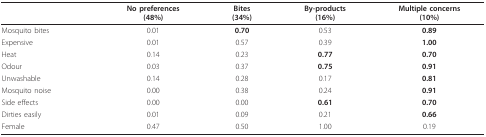
<table><thead><tr><td></td><td><b>No preferences(48%)</b></td><td><b>Bites(34%)</b></td><td><b>By-products(16%)</b></td><td><b>Multiple concerns(10%)</b></td></tr></thead><tbody><tr><td>Mosquito bites</td><td>0.01</td><td><b>0.70</b></td><td>0.53</td><td><b>0.89</b></td></tr><tr><td>Expensive</td><td>0.01</td><td>0.57</td><td>0.39</td><td><b>1.00</b></td></tr><tr><td>Heat</td><td>0.14</td><td>0.23</td><td><b>0.77</b></td><td><b>0.70</b></td></tr><tr><td>Odour</td><td>0.03</td><td>0.37</td><td><b>0.75</b></td><td><b>0.91</b></td></tr><tr><td>Unwashable</td><td>0.14</td><td>0.28</td><td>0.17</td><td><b>0.81</b></td></tr><tr><td>Mosquito noise</td><td>0.00</td><td>0.38</td><td>0.24</td><td><b>0.91</b></td></tr><tr><td>Side effects</td><td>0.00</td><td>0.00</td><td><b>0.61</b></td><td><b>0.70</b></td></tr><tr><td>Dirties easily</td><td>0.01</td><td>0.09</td><td>0.21</td><td><b>0.66</b></td></tr><tr><td>Female</td><td>0.47</td><td>0.50</td><td>1.00</td><td>0.19</td></tr></tbody></table>